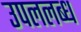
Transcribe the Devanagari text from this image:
उपललब्ध